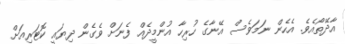
އާދޭތޯއެވެ. އެހެން ނަމަވެސް އޭނާގެ ހުރިހާ އުންމީދެއް ފެނަށް ވެގެން ދިޔައީ ކޮޓަރިއަށް